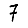
Digit: 7